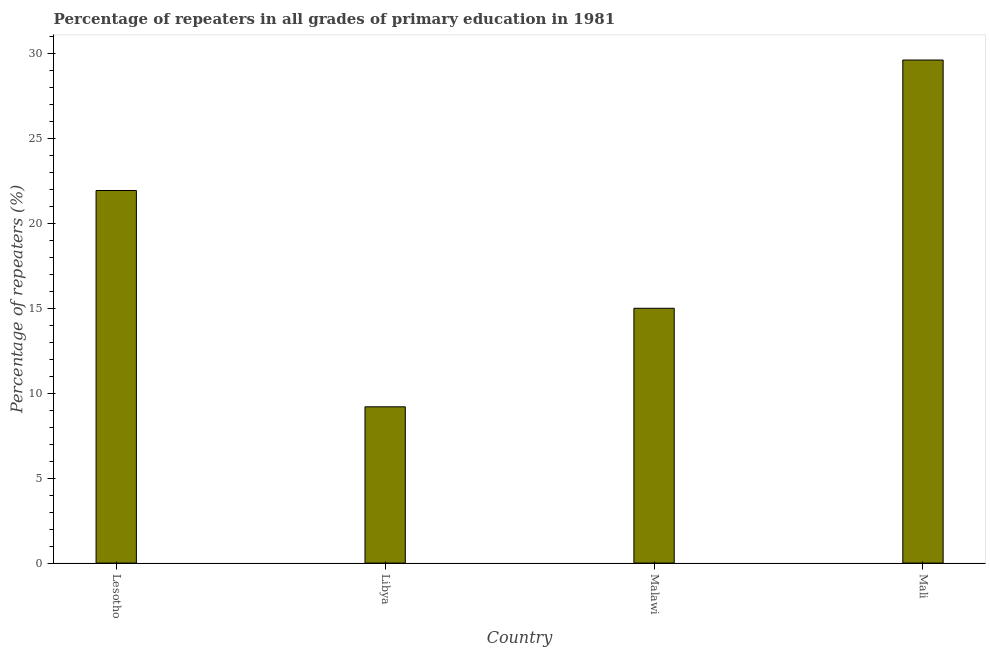
| Country | Repeaters in primary education |
 | --- | --- |
 | Lesotho | 21.9 |
 | Libya | 9.19 |
 | Malawi | 15 |
 | Mali | 29.6 |